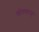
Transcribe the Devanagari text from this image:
स्वेतवाराह